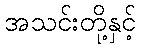
အသင်းတို့နှင့်